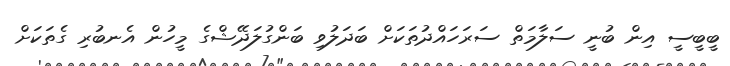
ބީބީސީ އިން ބުނީ ސަލާމަތް ސަރަހައްދުތަކަށް ބަދަލުވި ބަންގުލަދޭޝްގެ މީހުން އެނބުރި ގެތަކަށް